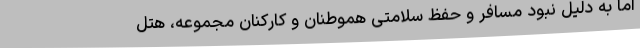
اما به دلیل نبود مسافر و حفظ سلامتی هموطنان و کارکنان مجموعه، هتل